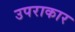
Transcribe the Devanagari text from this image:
उपराकार